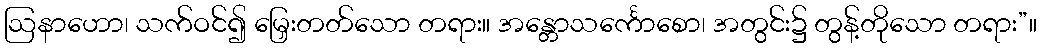
ဩနာဟော၊ သက်ဝင်၍ မြှေးတတ်သော တရား။ အန္တောသင်္ကောစော၊ အတွင်း၌ တွန့်တိုသော တရား”။